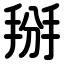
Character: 掰